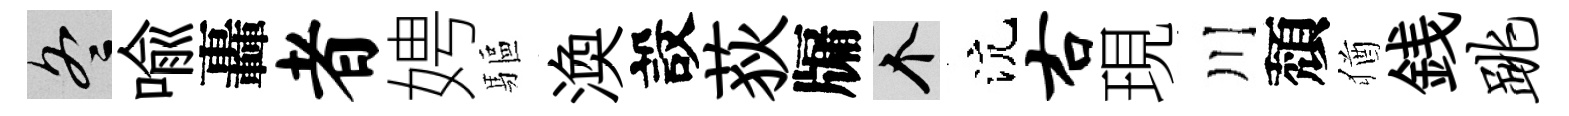
冬喻轟者娉驅渙設荻牖个沆右現川頽猶銭跳